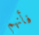
فأنهم